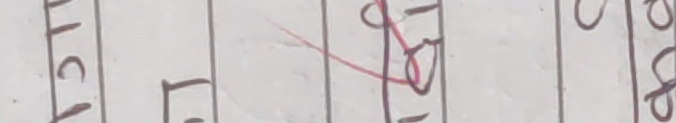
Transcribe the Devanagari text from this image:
ट ठ ००